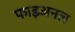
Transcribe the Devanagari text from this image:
फाइअनल